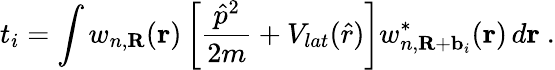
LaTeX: t_{i}=\int w_{n,\textbf{R}}(\textbf{r})\left[\frac{\hat{p}^{2}}{2m}+V_{lat}(\hat{r})\right]w_{n,\textbf{R}+\textbf{b}_{i}}^{*}(\textbf{r})\, d\textbf{r}~.